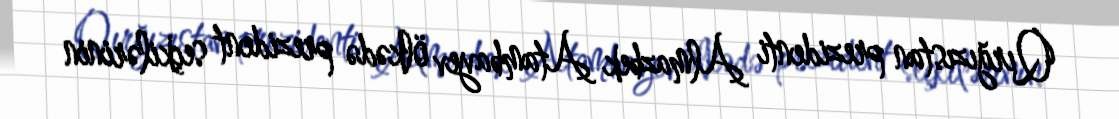
Qırğızıstan prezidenti Almazbek Atambayev ölkədə prezident seçkilərinin